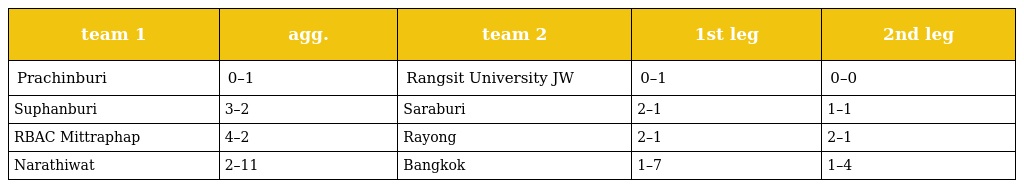
| team 1 | agg. | team 2 | 1st leg | 2nd leg |
 | --- | --- | --- | --- | --- |
 | Prachinburi | 0–1 | Rangsit University JW | 0–1 | 0–0 |
 | Suphanburi | 3–2 | Saraburi | 2–1 | 1–1 |
 | RBAC Mittraphap | 4–2 | Rayong | 2–1 | 2–1 |
 | Narathiwat | 2–11 | Bangkok | 1–7 | 1–4 |